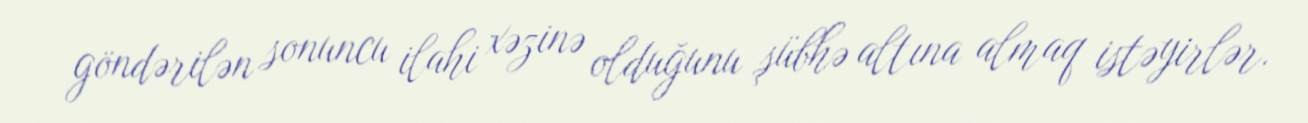
göndərilən sonuncu ilahi xəzinə olduğunu şübhə altına almaq istəyirlər.